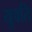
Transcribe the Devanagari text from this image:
युवति